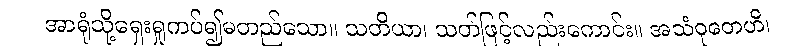
အာရုံသို့ရှေးရှုကပ်၍မတည်သော။ သတိယာ၊ သတ်ဖြင့်လည်းကောင်း။ အသံဝုတေဟိ၊